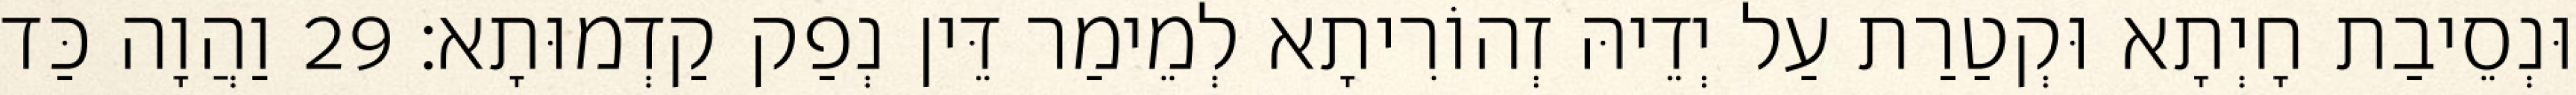
וּנְסֵיבַת חָיְתָא וּקְטַרַת עַל יְדֵיהּ זְהוֹרִיתָא לְמֵימַר דֵּין נְפַק קַדְמוּתָא׃ 29 וַהֲוָה כַּד